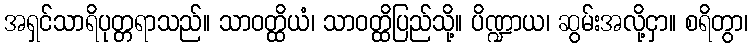
အရှင်သာရိပုတ္တရာသည်။ သာဝတ္ထိယံ၊ သာဝတ္ထိပြည်သို့။ ပိဏ္ဍာယ၊ ဆွမ်းအလို့ငှာ။ စရိတွာ၊